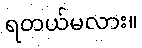
ရတယ်မလား။